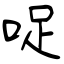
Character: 哫